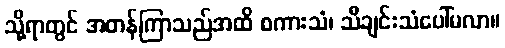
သို့ရာတွင် အတန်ကြာသည်အထိ စကားသံ၊ သီချင်းသံပေါ်မလာ။